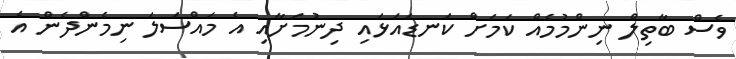
ވެސް ބާތިލް ނިންމުމެއް ކަމަށް ކަނޑައަޅައި ދިނުމަށާއި އެ މައްސަލަ ނިމެންދެން އެ